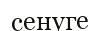
сенуге